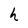
Character: h